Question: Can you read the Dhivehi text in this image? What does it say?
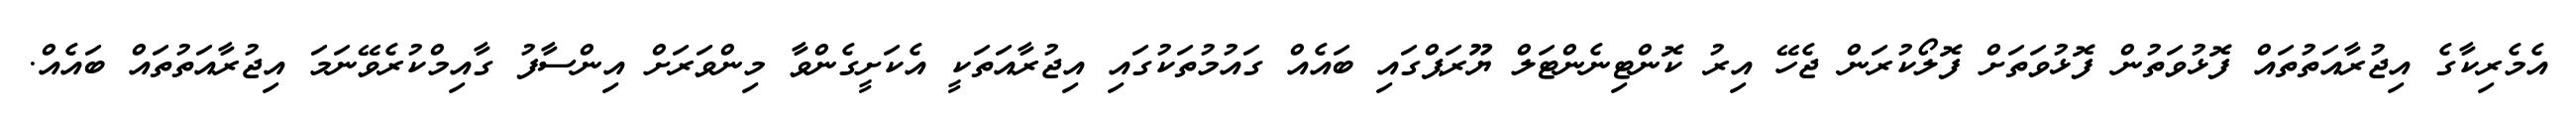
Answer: އެމެރިކާގެ އިޖުރާއަތުތައް ފޮޅުވަތުން ފޮޅުވަތަށް ފޮލޯކުރަން ޖެހޭ އިރު ކޮންޓިނެންޓަލް ޔޫރަޕްގައި ބައެއް ގައުމުތަކުގައި އިޖުރާއަތަކީ އެކަށީގެންވާ މިންވަރަށް އިންސާފު ގާއިމްކުރެވޭނަމަ އިޖުރާއަތުތައް ބައެއް.